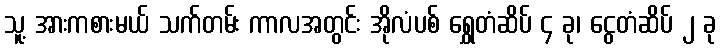
သူ့ အားကစားမယ် သက်တမ်း ကာလအတွင်း အိုလံပစ် ရွှေတံဆိပ် ၄ ခု၊ ငွေတံဆိပ် ၂ ခု